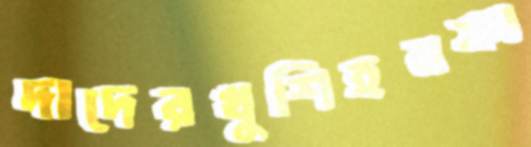
দাদেরখুশিহনফা